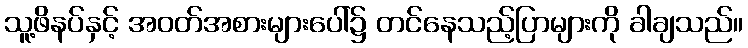
သူ့ဖိနပ်နှင့် အဝတ်အစားများပေါ်၌ တင်နေသည့်ပြာများကို ခါချသည်။